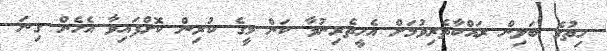
ހިތުގެ ބަލިން ރައްކާތެރިވުމަށް އެހީތެރިނުވާ ކަން މީގެ ކުރިން ކޮށްފައިވާ އެހެން ގިނަ